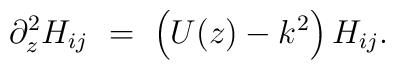
\partial^2_z H_{ij}       \ = \ \left( U(z)-k^2             \right) H_{ij}.